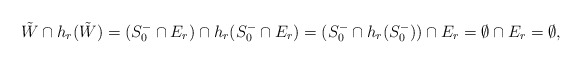
\begin{align*}\tilde W \cap h_r(\tilde W) =(S_0^- \cap E_r) \cap h_r(S_0^- \cap E_r)=(S_0^-\cap h_r(S_0^-))\cap E_r =\emptyset \cap E_r=\emptyset,\end{align*}